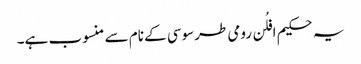
یہ حکیم افلُن رومی طرسوسی کے نام سے منسوب ہے۔